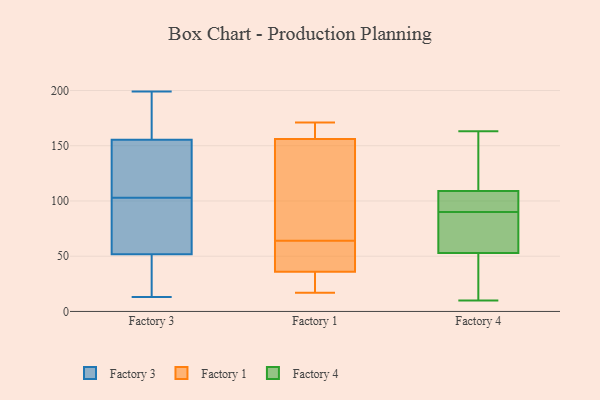
{"axis": {"x": "Waste Production (Tons)", "y": "Value"}, "legend": ["Factory 1", "Factory 3", "Factory 4"], "data": [{"x": "", "y": 125, "type": "Factory 3"}, {"x": "", "y": 169, "type": "Factory 3"}, {"x": "", "y": 175, "type": "Factory 3"}, {"x": "", "y": 136, "type": "Factory 3"}, {"x": "", "y": 42, "type": "Factory 3"}, {"x": "", "y": 100, "type": "Factory 3"}, {"x": "", "y": 103, "type": "Factory 3"}, {"x": "", "y": 41, "type": "Factory 3"}, {"x": "", "y": 199, "type": "Factory 3"}, {"x": "", "y": 55, "type": "Factory 3"}, {"x": "", "y": 155, "type": "Factory 3"}, {"x": "", "y": 101, "type": "Factory 3"}, {"x": "", "y": 13, "type": "Factory 3"}, {"x": "", "y": 18, "type": "Factory 3"}, {"x": "", "y": 157, "type": "Factory 3"}, {"x": "", "y": 94, "type": "Factory 3"}, {"x": "", "y": 124, "type": "Factory 3"}, {"x": "", "y": 171, "type": "Factory 1"}, {"x": "", "y": 39, "type": "Factory 1"}, {"x": "", "y": 40, "type": "Factory 1"}, {"x": "", "y": 155, "type": "Factory 1"}, {"x": "", "y": 19, "type": "Factory 1"}, {"x": "", "y": 157, "type": "Factory 1"}, {"x": "", "y": 33, "type": "Factory 1"}, {"x": "", "y": 51, "type": "Factory 1"}, {"x": "", "y": 154, "type": "Factory 1"}, {"x": "", "y": 77, "type": "Factory 1"}, {"x": "", "y": 159, "type": "Factory 1"}, {"x": "", "y": 17, "type": "Factory 1"}, {"x": "", "y": 52, "type": "Factory 4"}, {"x": "", "y": 92, "type": "Factory 4"}, {"x": "", "y": 54, "type": "Factory 4"}, {"x": "", "y": 106, "type": "Factory 4"}, {"x": "", "y": 95, "type": "Factory 4"}, {"x": "", "y": 163, "type": "Factory 4"}, {"x": "", "y": 88, "type": "Factory 4"}, {"x": "", "y": 154, "type": "Factory 4"}, {"x": "", "y": 53, "type": "Factory 4"}, {"x": "", "y": 86, "type": "Factory 4"}, {"x": "", "y": 31, "type": "Factory 4"}, {"x": "", "y": 131, "type": "Factory 4"}, {"x": "", "y": 109, "type": "Factory 4"}, {"x": "", "y": 10, "type": "Factory 4"}]}